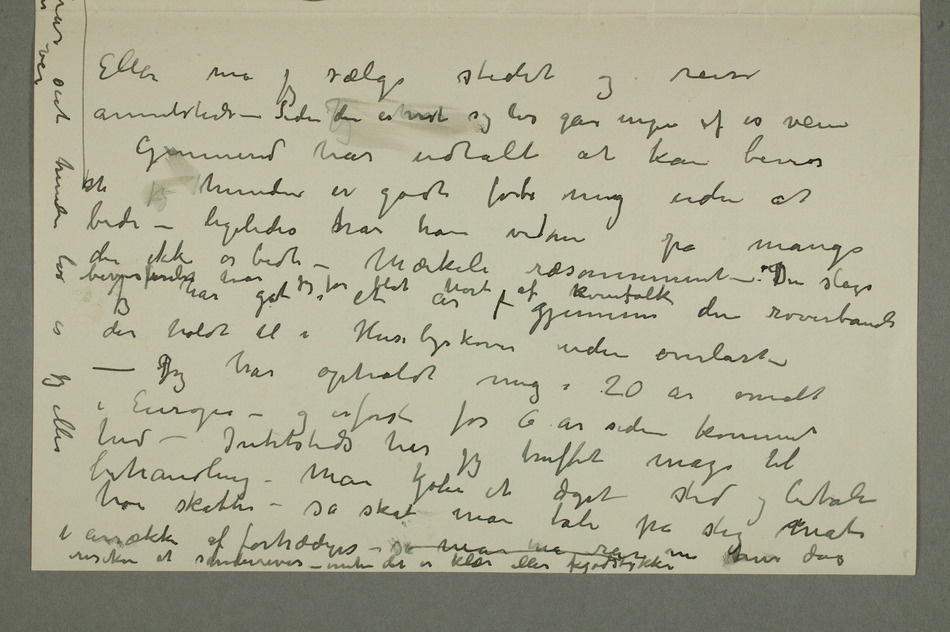
Eller må jeg sælge stedet og reise
annetsteds – Siden Jegden er vist sig løs går ingen af os veien
Gunnerud har udtalt at kan bevise
at jeg hunden er godt forbi mig uden at
bide – ligeledes shar han vidner fra mange der
ikke er bidt – Mærkeli
ræsonnement – Den slags bevisførsel har jeg før blot hørt af kvinfolk Jeg har gåt i et år  gjennem
den røverbande
der holdt til i Husebyskoven uden overlast –
– Jeg har opholdt mig i 20 år overalt
– og er først for 6 år siden kommet
hid – Intetsteds har jeg truffet mage til
behandling – Man kjøber et æget sted og betaler
høie skatter – så skal man tåle på slig måte i
af fortrædiges – så man må  nu hver dag risikere at sønderrives – enten det er klær eller